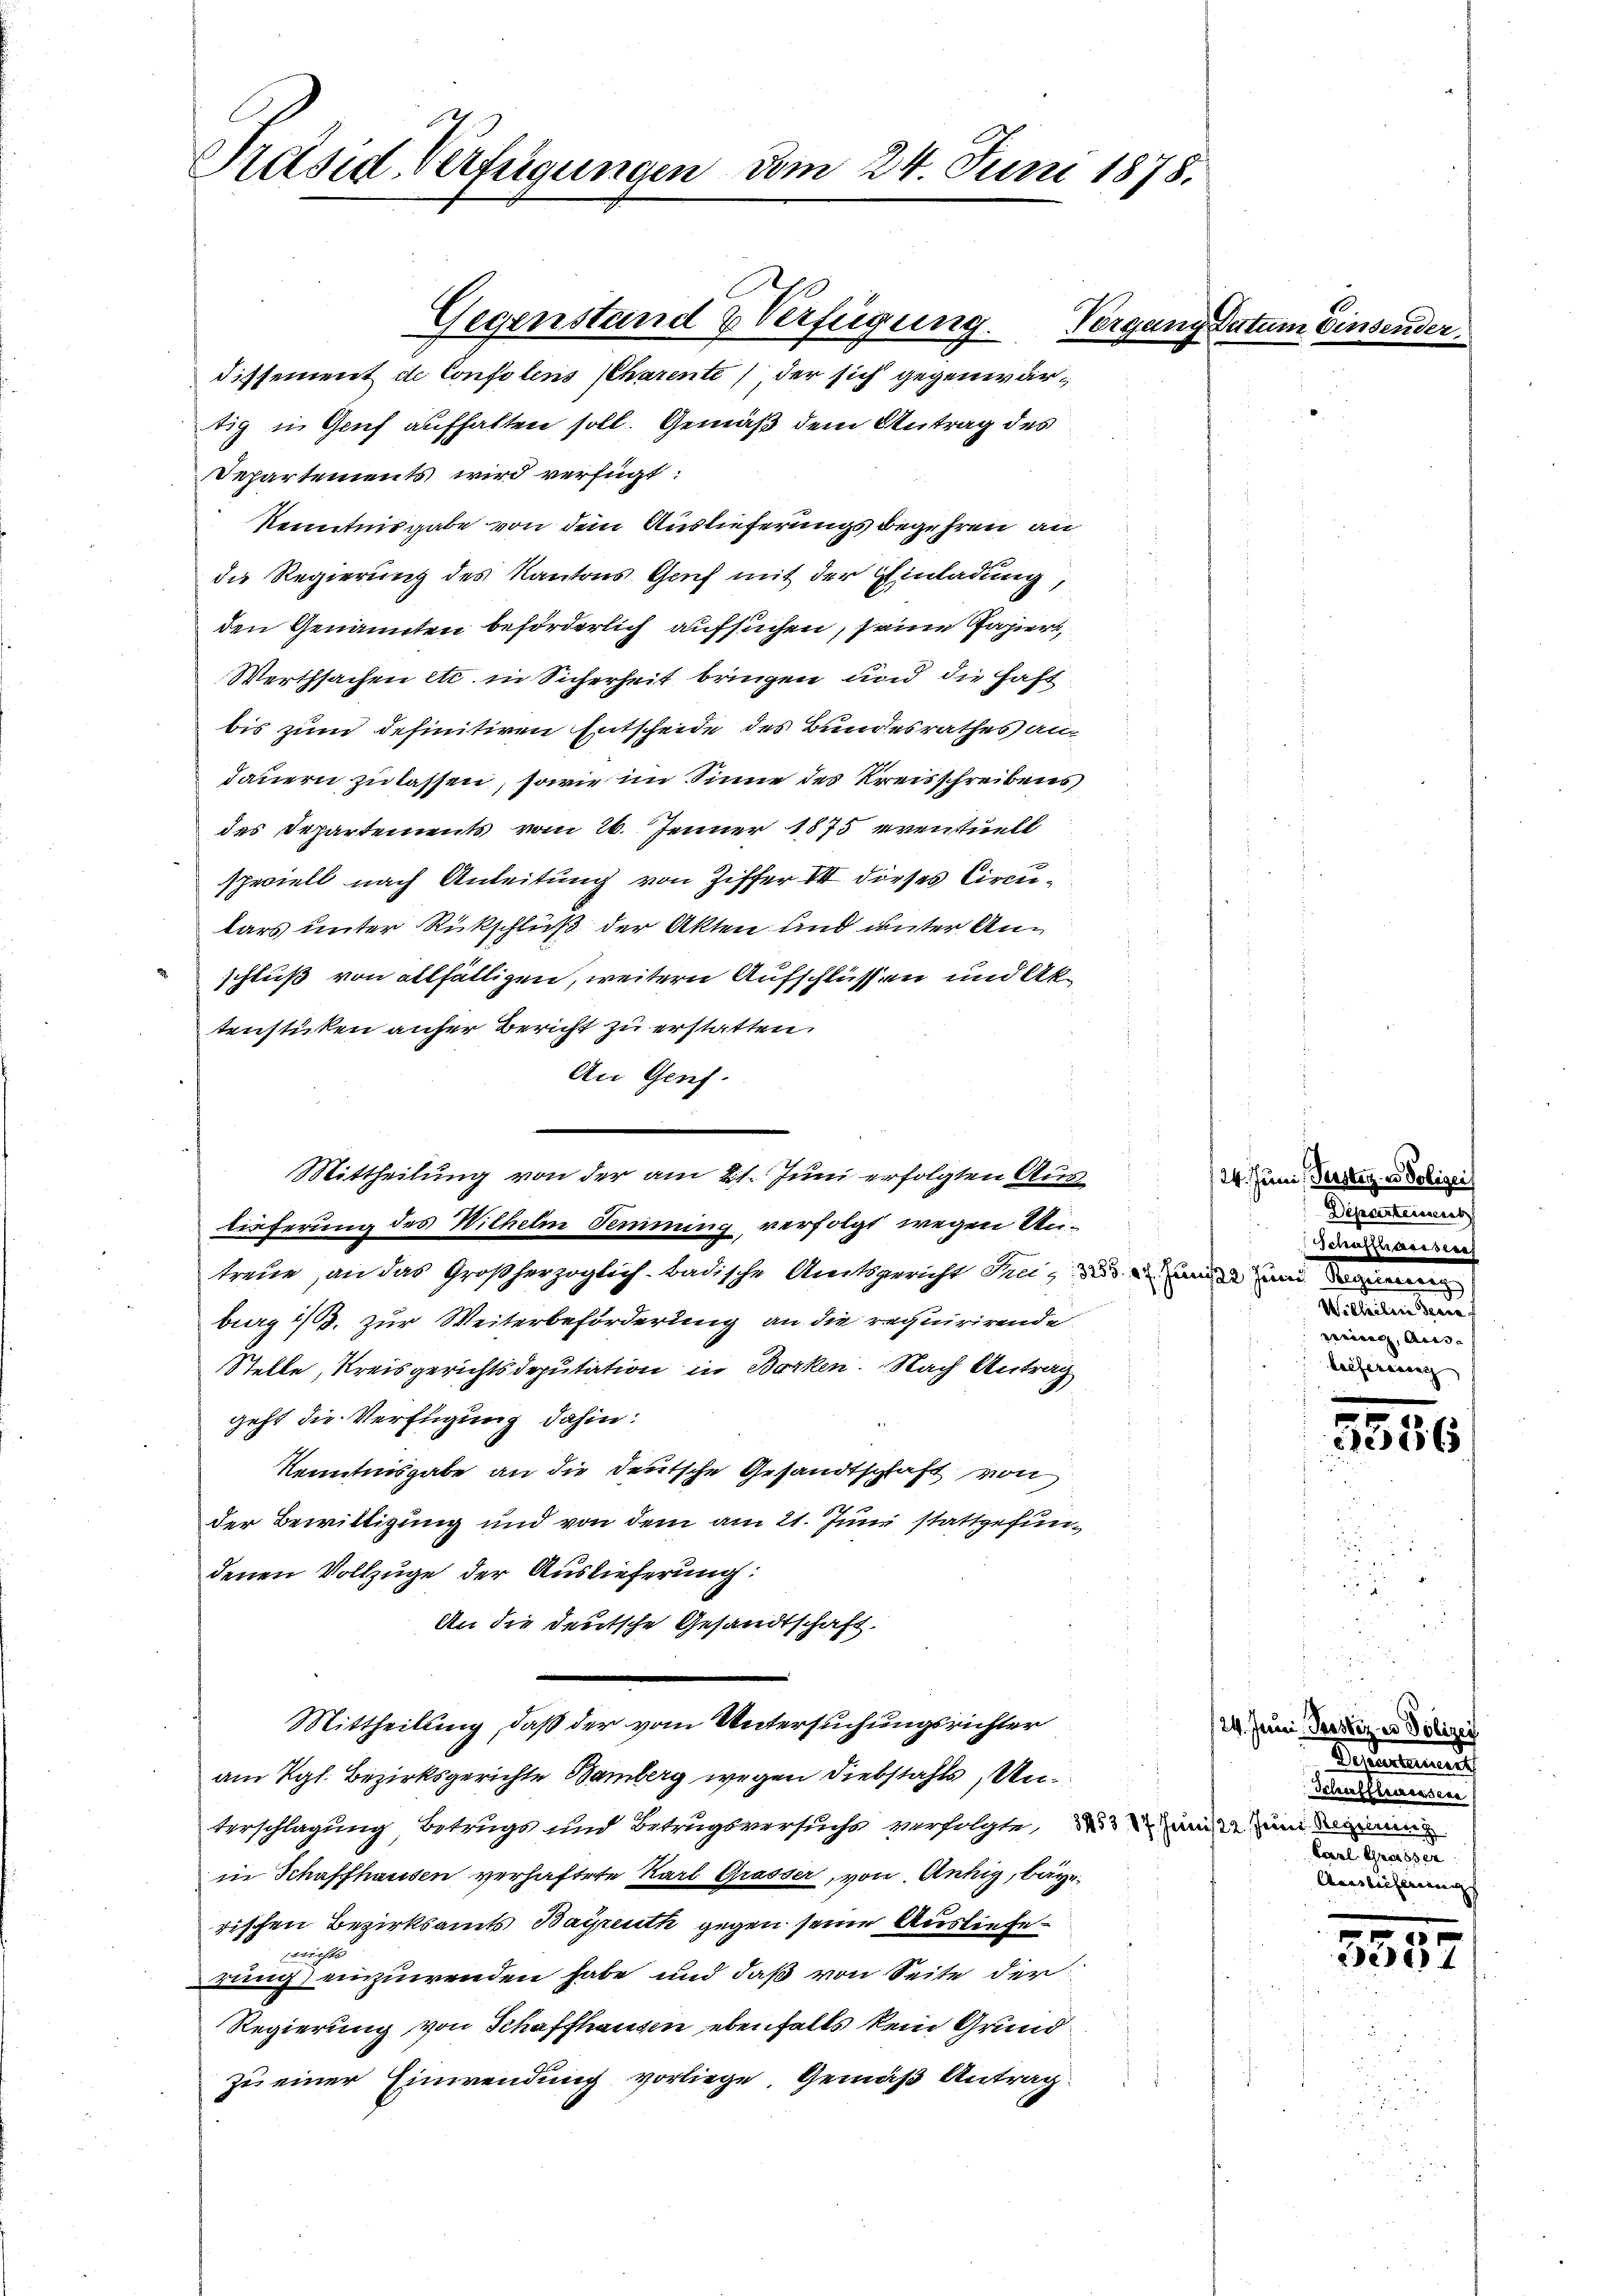
Präsid. Verfügungen vom 24. Juni 1878.

C
Gegenstand & Verfügung.
dissement de Consolens Charente, der sich gegenwärtig in Genf aufhalten soll. Gemäß dem Antrag des
Departements wird verfügt:
Kenntnisgabe von dem Auslieferungs begehren an
die Regierung des Kantons Genf mit der Einladung,
den Genannten beförderlich aufsuchen, seine Papiert
Werthsachen etc. in Sicherheit bringen und die haft
bis zum definitiven Entscheide des Bundesrathes an¬
Jauern zu lassen, sowie im Sinne des Kreisschreibens
des Departements vom 26. Jenner 1875 eventuell
speciell nach Anleitung von Ziffer III dieses Circulars unter Rückschluß der Akten und unter Anschluß von allfälligen, weitern Aufschlüssen und Aktenstücken anher Bericht zu erstatten.
An Genf.
lieferung des Wilhelm Samming, verfolgt wegen Antreue, an das Großherzoglich-Badische Amtsgericht sei, das und an den
bug 2/3. zur Weiterbeförderung an die requirirende
Stelle, Kreisgerichtsdeputation in Borken. Nach Antrag
geht die Verfügung dahin:
Kenntnisgabe an die deutsche Gesandtschaft von
der Bewilligung und von dem am 21. Juni stattgefundenen Vollzuge der Auslieferung:
An die deutsche Gesandtschaft.
Mittheilung, daß der vom Untersuchungsrichter
am Kgl. Bezirksgerichte Bamberg wegen Diebstahls, Anterschlagung Betrugs und Betrugsversuche verfolgte, 23 t hunde zum Deinen
in Schaffhausen verhaftete Karl Grasser, von Antig, baye
rischen Bezirksamts Bayreuth gegen seine Ausliefewicht
rung einzuwenden habe und daß von Seite der
Regierung von Schaffhausen ebenfalls kein Grundzu einer Einwendung vorliege. Gemäß Antrag

Mittheilung von der am 21. Juni erfolgten Aus¬

Vergang Datu

s
24. Juni, Perster es Polizei
Separties
Schaffhaussere
e
reiung, Auss- |
liefereitag

9
ei

.
124. Juni. Perster es Polizei
Deumund
Schiffleurssen
Carl Greisser
Auslicherungs

.
5531